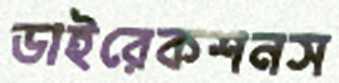
ডাইরেকশনস